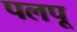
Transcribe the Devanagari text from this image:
पलपू